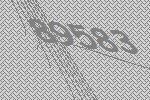
89583